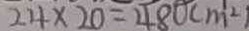
2 4 \times 2 0 = 4 8 0 c m ^ { 2 }